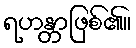
ရဟန္တာဖြစ်၏။